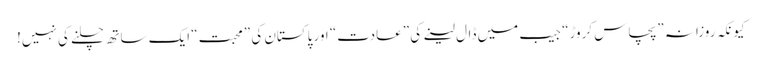
کیونکہ روزانہ ”پچاس کروڑ“ جیب میں ڈال لینے کی ”عادت“ اور پاکستان کی ”محبت“ ایک ساتھ چلنے کی نہیں!